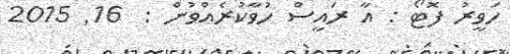
ހަވީރު ފޮޓޯ : އާ ރައީސް ހުވާކުރެއްވުން :  16